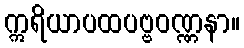
ဣရိယာပထပဗ္ဗဝဏ္ဏနာ။